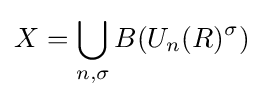
X=\bigcup _{n,\sigma }B(U_{n}(R)^{\sigma })